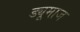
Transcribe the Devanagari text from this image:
ड्यूमाज